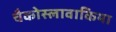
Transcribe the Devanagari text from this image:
चैकोस्लावाकिया